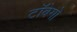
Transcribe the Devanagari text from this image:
टॉबेगो